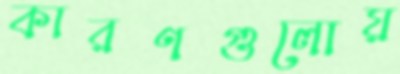
কারণগুলোয়